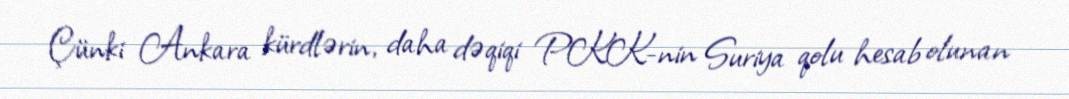
Çünki Ankara kürdlərin, daha dəqiqi PKK-nin Suriya qolu hesab olunan